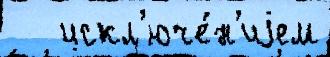
   искл'юче́н'иjем